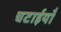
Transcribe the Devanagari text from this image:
चटाईयाँ